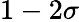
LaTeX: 1-2\sigma